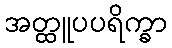
အတ္ထူပပရိက္ခာ